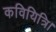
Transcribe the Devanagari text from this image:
कवियित्रि।